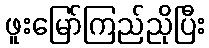
ဖူးမြော်ကြည်ညိုပြီး